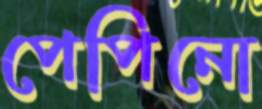
পেপিনো